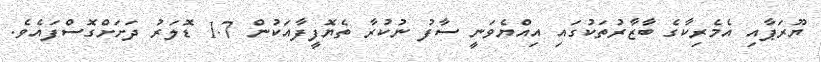
ޔޫރަޕާއި އެމެރިކާގެ ބާޒާރުތަކުގައި އިއްޔެވަނީ ސާފު ނުކުރާ ތެޔޮފީފާއަކުން 1.7 ޑޮލަރު ދަށަށްގޮސްފައެވެ.